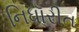
નિધૉરીત